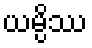
ယမ္ပိဿ